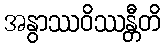
အနွာဿဝိဿန္တီတိ